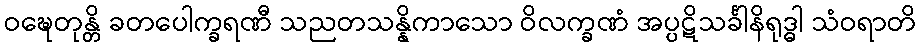
ဝဍ္ဎေတုန္တိ ခတပေါက္ခရဏီ သညတသန္နိကာသော ဝိလက္ခဏံ အပ္ပဋိသင်္ခါနိရုဒ္ဓါ သံဝရာတိ